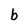
Character: b